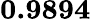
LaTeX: \mathbf{0.9894}